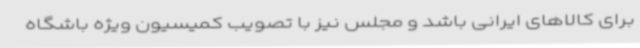
برای کالاهای ایرانی باشد و مجلس نیز با تصویب کمیسیون ویژه باشگاه